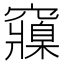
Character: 䆿